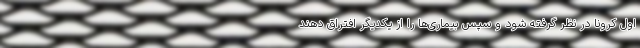
اول کرونا در نظر گرفته شود و سپس بیماری‌ها را از یکدیگر افتراق دهند